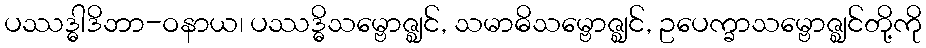
ပဿဒ္ဓါဒိဘာ-ဝနာယ၊ ပဿဒ္ဓိသမ္ဗောဇ္ဈင်, သမာဓိသမ္ဗောဇ္ဈင်, ဥပေက္ခာသမ္ဗောဇ္ဈင်တို့ကို